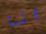
انا